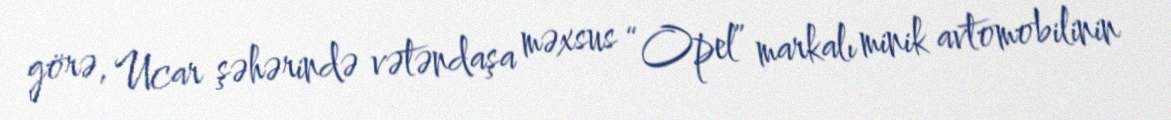
görə, Ucar şəhərində vətəndaşa məxsus “Opel” markalı minik avtomobilinin